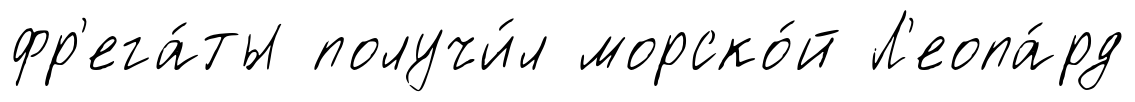
фр'ега́ты получи́л морско́й Л'еопа́рд